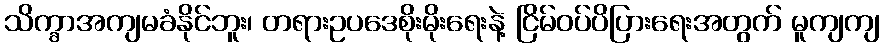
သိက္ခာအကျမခံနိုင်ဘူး၊ တရားဥပဒေစိုးမိုးရေးနဲ့ ငြိမ်ဝပ်ပိပြားရေးအတွက် မူကျကျ